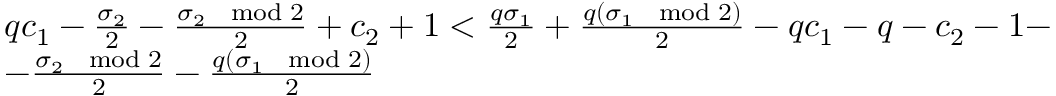
\begin{array} { r l } & { q c _ { 1 } - \frac { \sigma _ { 2 } } { 2 } - \frac { \sigma _ { 2 } \mod 2 } { 2 } + c _ { 2 } + 1 < \frac { q \sigma _ { 1 } } { 2 } + \frac { q ( \sigma _ { 1 } \mod 2 ) } { 2 } - q c _ { 1 } - q - c _ { 2 } - 1 - } \\ & { - \frac { \sigma _ { 2 } \mod 2 } { 2 } - \frac { q ( \sigma _ { 1 } \mod 2 ) } { 2 } } \end{array}